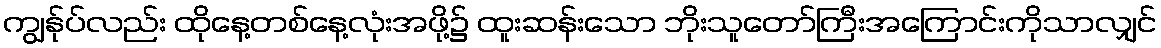
ကျွန်ုပ်လည်း ထိုနေ့တစ်နေ့လုံးအဖို့၌ ထူးဆန်းသော ဘိုးသူတော်ကြီးအကြောင်းကိုသာလျှင်